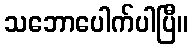
သဘောပေါက်ပါပြီ။